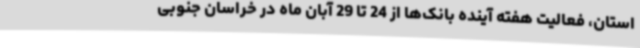
استان، فعالیت هفته آینده بانک‌ها از 24 تا 29 آبان ماه در خراسان جنوبی